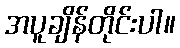
အပူချိန်တိုင်းပါ။